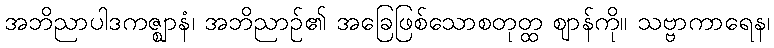
အဘိညာပါဒကဇ္ဈာနံ၊ အဘိညာဉ်၏ အခြေဖြစ်သောစတုတ္ထ ဈာန်ကို။ သဗ္ဗာကာရေန၊